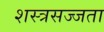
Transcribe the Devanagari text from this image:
शस्त्रसज्जता